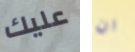
عليك ان